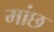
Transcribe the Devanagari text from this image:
मांछ